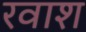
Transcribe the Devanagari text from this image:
रवाश